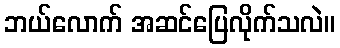
ဘယ်လောက် အဆင်ပြေလိုက်သလဲ။